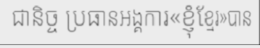
ជានិច្ច ប្រធានអង្គការ«ខ្ញុំខ្មែរ»បាន